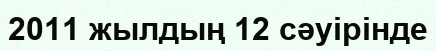
2011 жылдың 12 сәуiрiнде